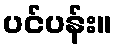
ပင်ပန်း။